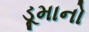
ડૂમાનો